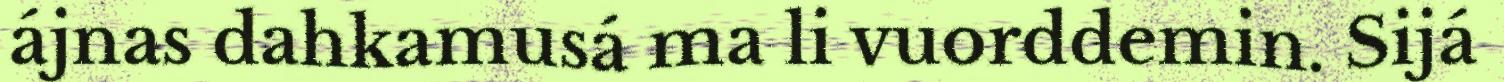
ájnas dahkamusá ma li vuorddemin. Sijá